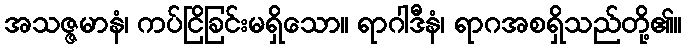
အသဇ္ဇမာနံ၊ ကပ်ငြိခြင်းမရှိသော။ ရာဂါဒီနံ၊ ရာဂအစရှိသည်တို့၏။